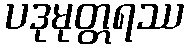
ပဒုမုတ္တရဿ